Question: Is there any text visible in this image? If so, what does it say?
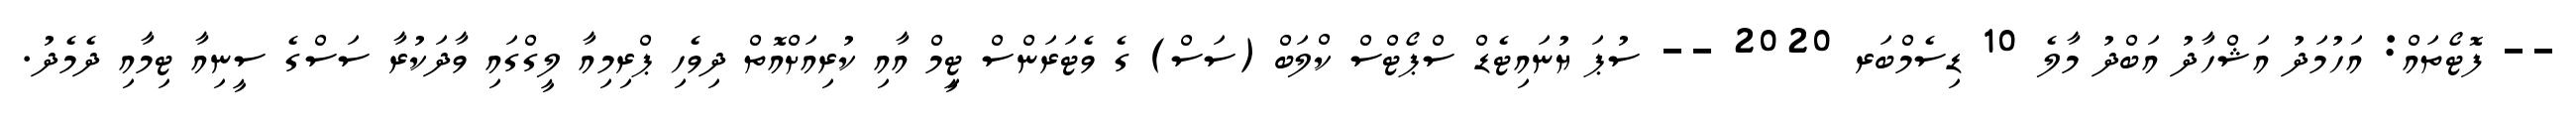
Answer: -- ފޮޓޯތައް: އަހުމަދު އަޝްހާދު އަބްދު މާލެ 10 ޑިސެމްބަރ 2020 -- ސުޕަ ޔުނައިޓެޑް ސްޕޯޓްސް ކްލަބް (ސަސް) ގެ ވެޓަރަންސް ޓިީމް އާއި ކުރިއަށްއޮތް ދިވެހި ޕްރިމިއާ ލީގްގައި ވާދަކުރާ ސަސްގެ ސީނިއާ ޓިމާއި ދެމެދު.